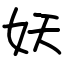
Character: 妖